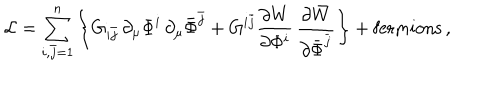
LaTeX: { \cal L } = \sum _ { i , \bar { j } = 1 } ^ { n } \left\{ G _ { i \bar { j } } \, \partial _ { \mu } \Phi ^ { i } \, \partial _ { \mu } \bar { \Phi } ^ { \bar { j } } + G ^ { i \bar { j } } \frac { \partial { W } } { \partial \Phi ^ { i } } \, \frac { \partial \bar { W } } { \partial \bar { \Phi } ^ { \bar { j } } } \right\} + \mathrm { f e r m i o n s } \, ,